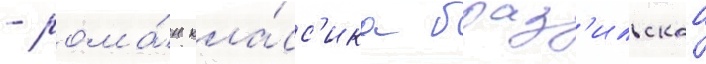
- рома́н кла́сс'ика браз'ильскои